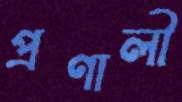
প্রণালী